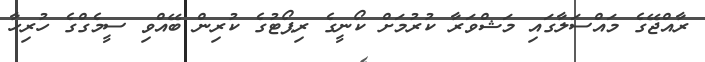
ރާއްޖޭގެ މައްސަލާގައި މަޝްވަރާ ކުރުމަށް ކޯނީގެ ރިޕޯޓުގެ ކުރިން ބޭއްވި ސީމެގްގެ ހުރިހާ